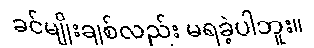
ခင်မျိုးချစ်လည်း မရခဲ့ပါဘူး။